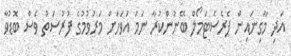
އަދި މާގިނައިން ޕެރެސެޓަމޯލް ބޭނުންކުރާ ނަމަ އަވަހަށް މަރުވުމުގެ ފުރުސަތު ވެސް ބޮޑުވާ